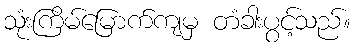
သုံးကြိမ်မြောက်ကျမှ တံခါးပွင့်သည်။